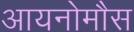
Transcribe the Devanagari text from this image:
आयनोमौस